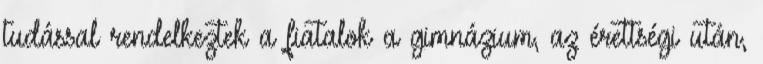
tudással rendelkeztek a fiatalok a gimnázium, az érettségi után,